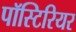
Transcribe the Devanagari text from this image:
पॉस्टिरियर